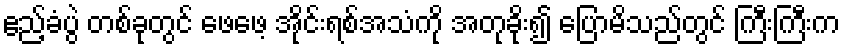
ဧည့်ခံပွဲ တစ်ခုတွင် ဖေဖေ့ အိုင်းရစ်အသံကို အတုခိုး၍ ပြောမိသည်တွင် ကြီးကြီးက